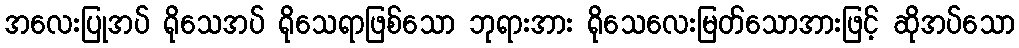
အလေးပြုအပ် ရိုသေအပ် ရိုသေရာဖြစ်သော ဘုရားအား ရိုသေလေးမြတ်သောအားဖြင့် ဆိုအပ်သော